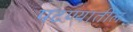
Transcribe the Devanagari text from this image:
पटण्यातील